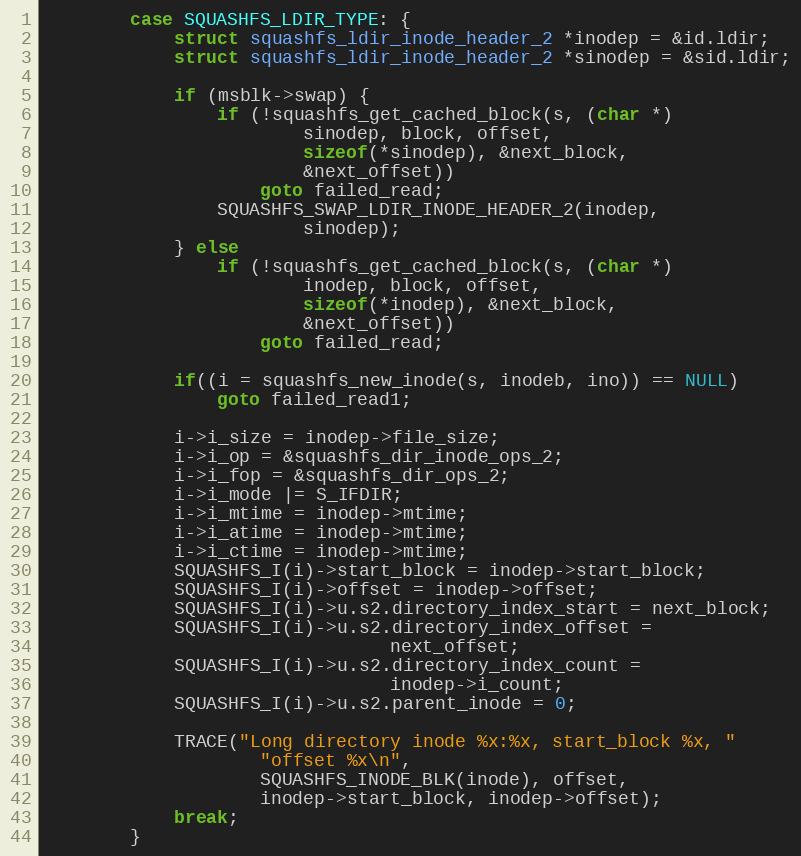
Language: C
		case SQUASHFS_LDIR_TYPE: {
			struct squashfs_ldir_inode_header_2 *inodep = &id.ldir;
			struct squashfs_ldir_inode_header_2 *sinodep = &sid.ldir;

			if (msblk->swap) {
				if (!squashfs_get_cached_block(s, (char *)
						sinodep, block, offset,
						sizeof(*sinodep), &next_block,
						&next_offset))
					goto failed_read;
				SQUASHFS_SWAP_LDIR_INODE_HEADER_2(inodep,
						sinodep);
			} else
				if (!squashfs_get_cached_block(s, (char *)
						inodep, block, offset,
						sizeof(*inodep), &next_block,
						&next_offset))
					goto failed_read;

			if((i = squashfs_new_inode(s, inodeb, ino)) == NULL)
				goto failed_read1;

			i->i_size = inodep->file_size;
			i->i_op = &squashfs_dir_inode_ops_2;
			i->i_fop = &squashfs_dir_ops_2;
			i->i_mode |= S_IFDIR;
			i->i_mtime = inodep->mtime;
			i->i_atime = inodep->mtime;
			i->i_ctime = inodep->mtime;
			SQUASHFS_I(i)->start_block = inodep->start_block;
			SQUASHFS_I(i)->offset = inodep->offset;
			SQUASHFS_I(i)->u.s2.directory_index_start = next_block;
			SQUASHFS_I(i)->u.s2.directory_index_offset =
								next_offset;
			SQUASHFS_I(i)->u.s2.directory_index_count =
								inodep->i_count;
			SQUASHFS_I(i)->u.s2.parent_inode = 0;

			TRACE("Long directory inode %x:%x, start_block %x, "
					"offset %x\n",
					SQUASHFS_INODE_BLK(inode), offset,
					inodep->start_block, inodep->offset);
			break;
		}